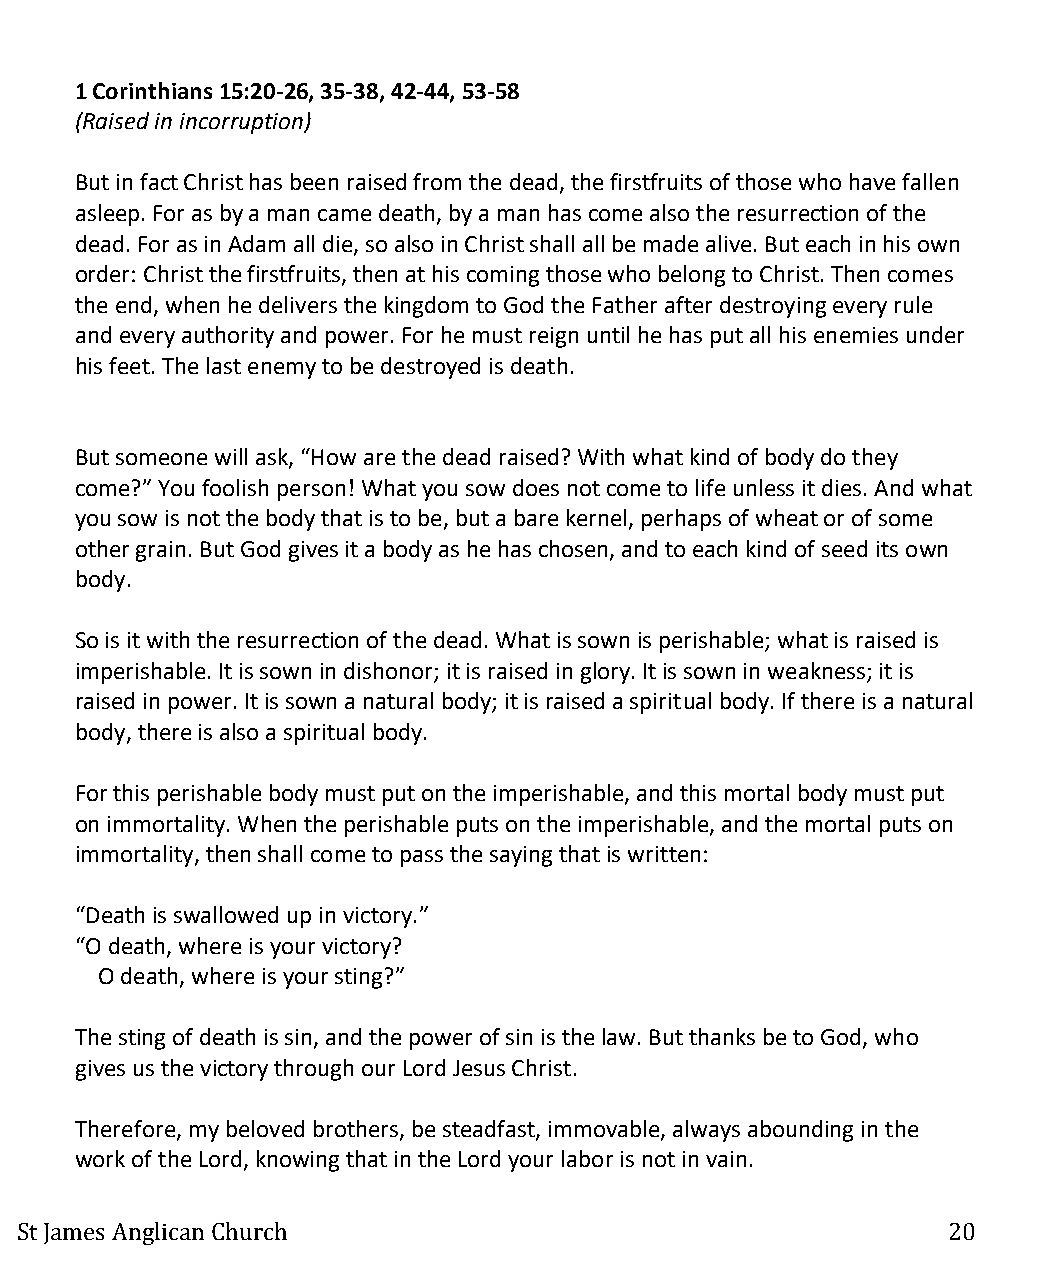
1 Corinthians 15:20-26, 35-38, 42-44, 53-58
 (Raised in incorruption)
 But in fact Christ has been raised from the dead, the firstfruits of those who have fallen
 asleep. For as by a man came death, by a man has come also the resurrection of the
 dead. For as in Adam all die, so also in Christ shall all be made alive. But each in his own
 order: Christ the firstfruits, then at his coming those who belong to Christ. Then comes
 the end, when he delivers the kingdom to God the Father after destroying every rule
 and every authority and power. For he must reign until he has put all his enemies under
 his feet. The last enemy to be destroyed is death.
 But someone will ask, “How are the dead raised? With what kind of body do they
 come?” You foolish person! What you sow does not come to life unless it dies. And what
 you sow is not the body that is to be, but a bare kernel, perhaps of wheat or of some
 other grain. But God gives it a body as he has chosen, and to each kind of seed its own
 body.
 So is it with the resurrection of the dead. What is sown is perishable; what is raised is
 imperishable. It is sown in dishonor; it is raised in glory. It is sown in weakness; it is
 raised in power. It is sown a natural body; it is raised a spiritual body. If there is a natural
 body, there is also a spiritual body.
 For this perishable body must put on the imperishable, and this mortal body must put
 on immortality. When the perishable puts on the imperishable, and the mortal puts on
 immortality, then shall come to pass the saying that is written:
 “Death is swallowed up in victory.”
 “O death, where is your victory?
 O death, where is your sting?”
 The sting of death is sin, and the power of sin is the law. But thanks be to God, who
 gives us the victory through our Lord Jesus Christ.
 Therefore, my beloved brothers, be steadfast, immovable, always abounding in the
 work of the Lord, knowing that in the Lord your labor is not in vain.
 St James Anglican Church                                      20